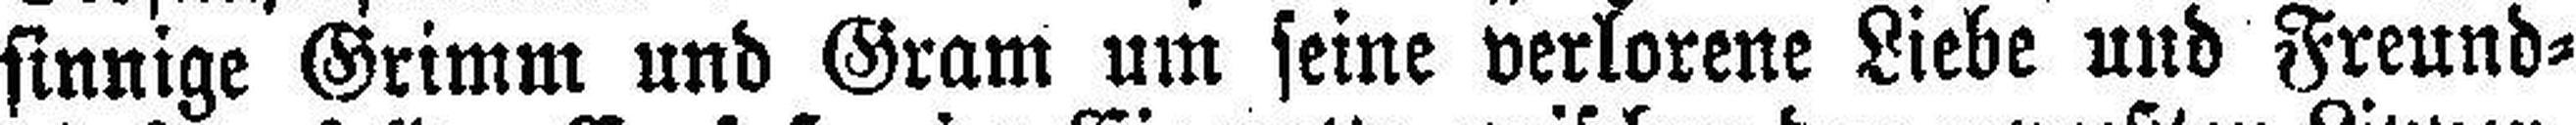
sinnige Grimm und Gram um seine verlorene Liebe und Freund¬